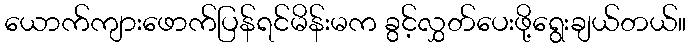
ယောက်ကျားဖောက်ပြန်ရင်မိန်းမက ခွင့်လွှတ်ပေးဖို့ရွေးချယ်တယ်။